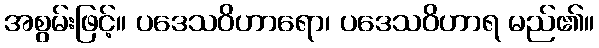
အစွမ်းဖြင့်။ ပဒေသဝိဟာရော၊ ပဒေသဝိဟာရ မည်၏။